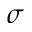
\sigma